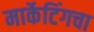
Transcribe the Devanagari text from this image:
मार्केटिंगचा